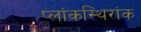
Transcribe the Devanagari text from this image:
प्लांकस्थिरांक